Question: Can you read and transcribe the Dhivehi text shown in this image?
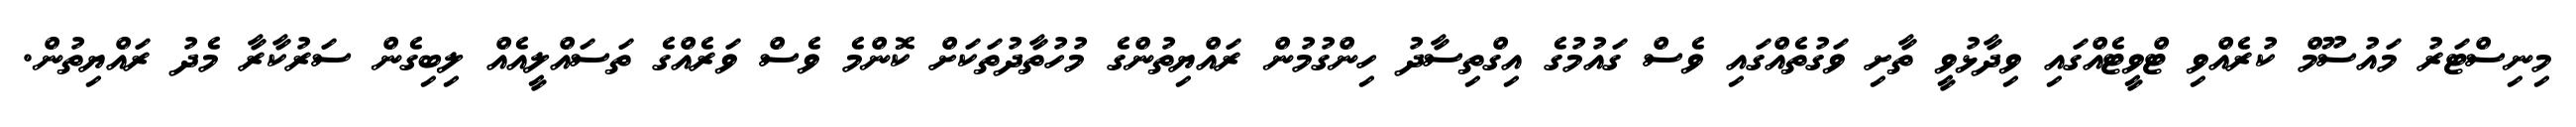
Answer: މިނިސްޓަރު މައުސޫމް ކުރެއްވި ޓްވީޓެއްގައި ވިދާޅުވީ ތާށި ވަގުތެއްގައި ވެސް ގައުމުގެ އިގްތިސާދު ހިންގުމުން ރައްޔިތުންގެ މުހުތާދުތަކަށް ކޮންމެ ވެސް ވަރެއްގެ ތަސައްލީއެއް ލިބިގެން ސަރުކާރާ މެދު ރައްޔިތުން.